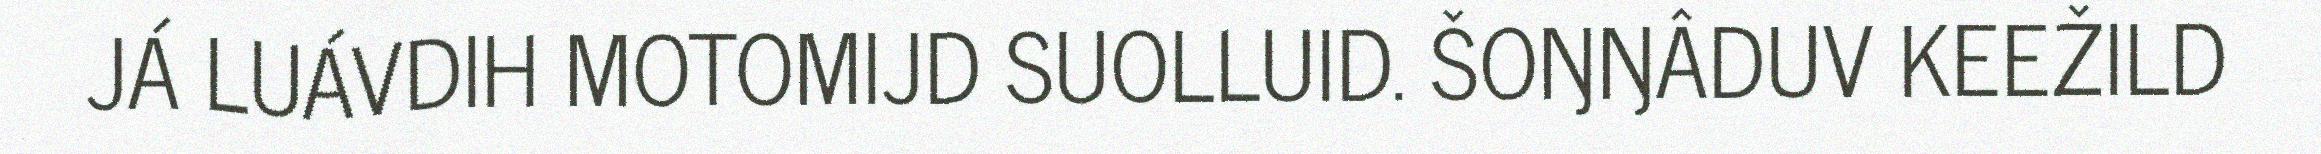
JÁ LUÁVDIH MOTOMIJD SUOLLUID. ŠOŊŊÂDUV KEEŽILD